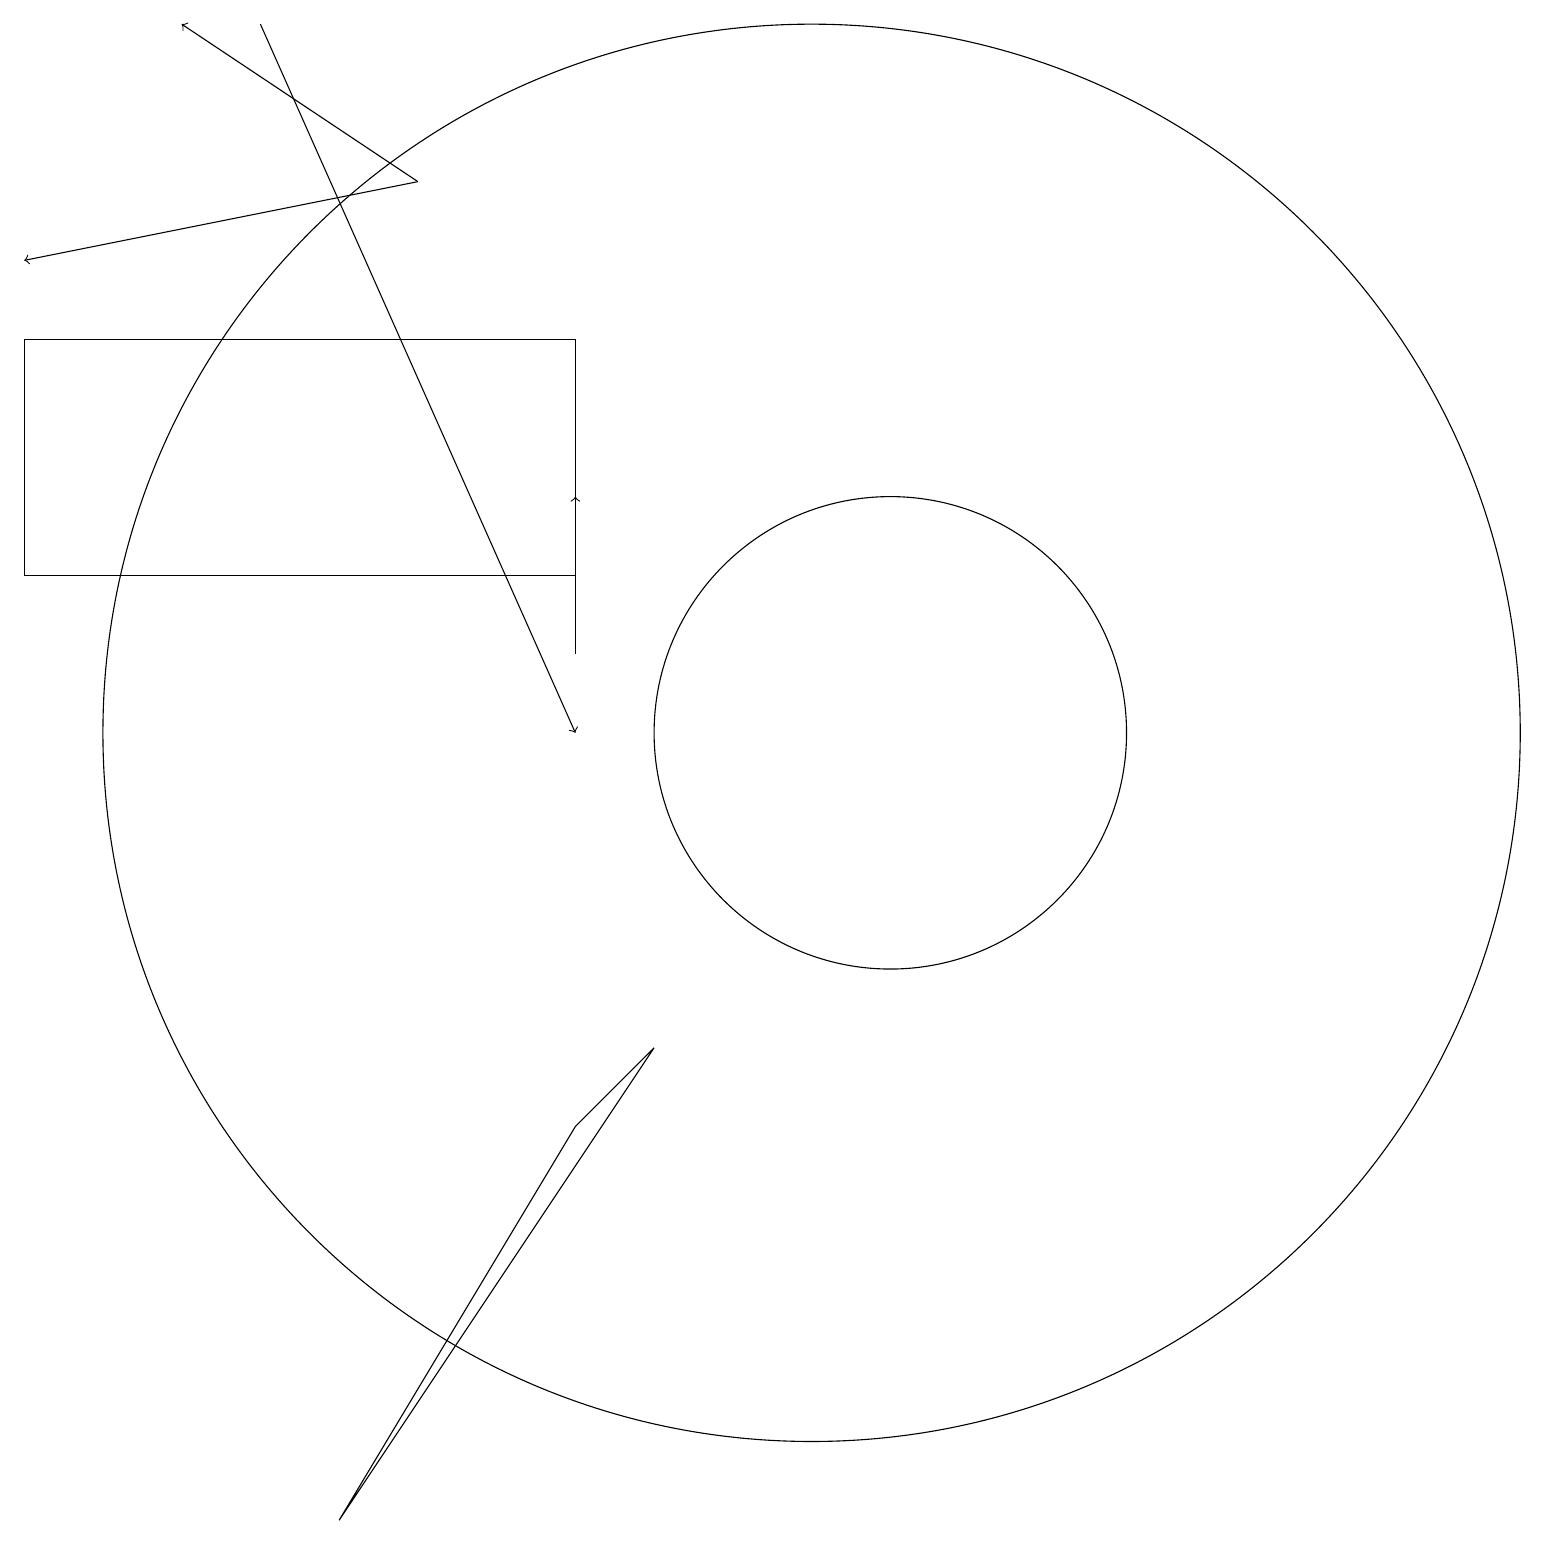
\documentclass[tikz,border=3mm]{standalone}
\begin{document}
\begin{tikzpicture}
\draw (10,10) circle (9);
\draw[->] (7,11) -- (7,13);
\draw[->] (5,17) -- (0,16);
\draw[->] (5,17) -- (2,19);
\draw (7,12) rectangle (0,15);
\draw[->] (3,19) -- (7,10);
\draw (4,0) -- (7,5) -- (8,6) -- cycle;
\draw (11,10) circle (3);
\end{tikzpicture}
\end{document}